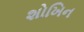
શોખિન